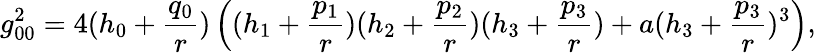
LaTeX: g_{00}^{2}=4(h_{0}+{\frac{q_{0}}{r}})\left((h_{1}+{\frac{p_{1}}{r}})(h_{2}+{\frac{p_{2}}{r}})(h_{3}+{\frac{p_{3}}{r}})+a(h_{3}+{\frac{p_{3}}{r}})^{3}\right),